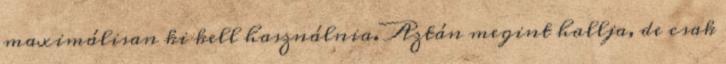
maximálisan ki kell használnia. Aztán megint hallja, de csak